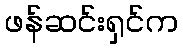
ဖန်ဆင်းရှင်က